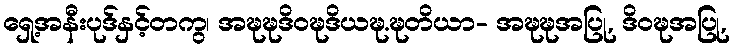
ရှေ့အနီးပုဒ်နှင့်တကွ၊ အဍ္ဎဍ္ဎဒိဝဍ္ဎဒိယဍ္ဎ.ဍ္ဎတိယာ- အဍ္ဎဍ္ဎအပြု, ဒိဝဍ္ဎအပြု,